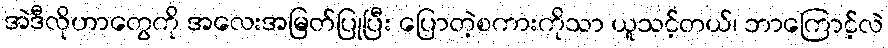
အဲဒီလိုဟာတွေကို အလေးအမြတ်ပြုပြီး ပြောတဲ့စကားကိုသာ ယူသင့်တယ်၊ ဘာကြောင့်လဲ